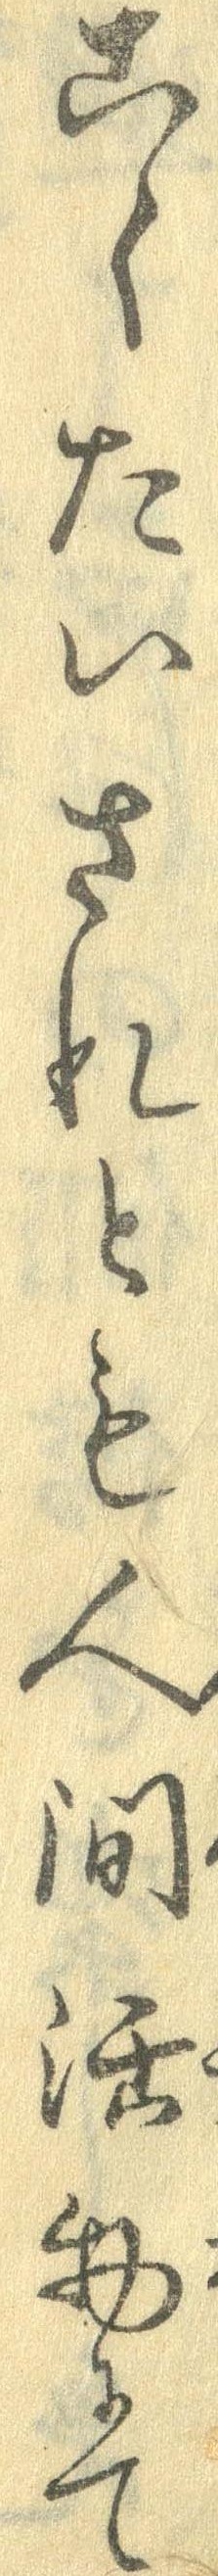
こくたいされとも人間活物にて